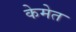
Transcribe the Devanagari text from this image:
केमेत